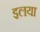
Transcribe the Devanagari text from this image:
इलया